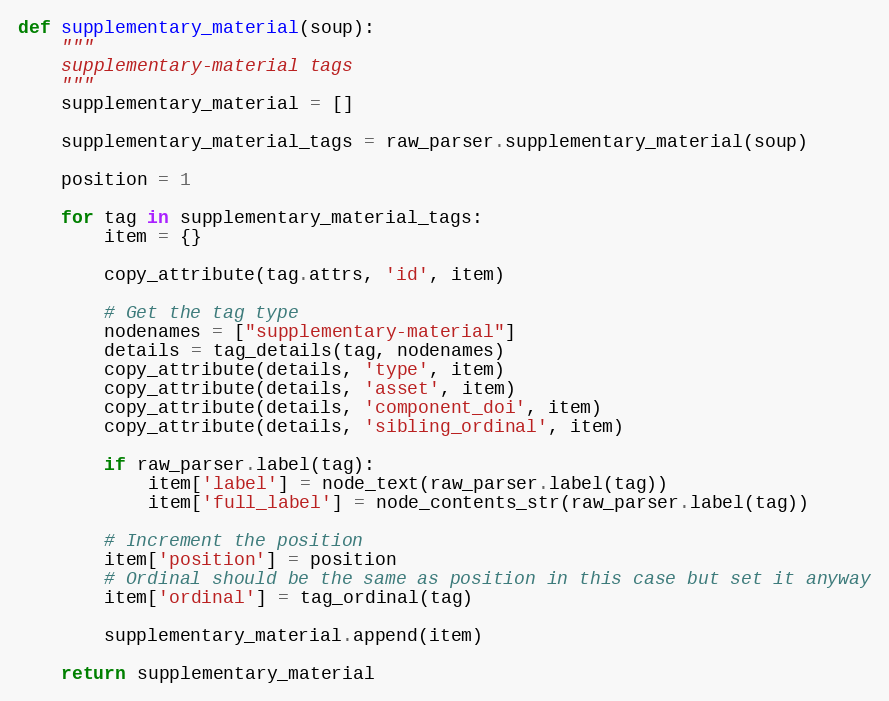
Language: Python
def supplementary_material(soup):
    """
    supplementary-material tags
    """
    supplementary_material = []

    supplementary_material_tags = raw_parser.supplementary_material(soup)

    position = 1

    for tag in supplementary_material_tags:
        item = {}

        copy_attribute(tag.attrs, 'id', item)

        # Get the tag type
        nodenames = ["supplementary-material"]
        details = tag_details(tag, nodenames)
        copy_attribute(details, 'type', item)
        copy_attribute(details, 'asset', item)
        copy_attribute(details, 'component_doi', item)
        copy_attribute(details, 'sibling_ordinal', item)

        if raw_parser.label(tag):
            item['label'] = node_text(raw_parser.label(tag))
            item['full_label'] = node_contents_str(raw_parser.label(tag))

        # Increment the position
        item['position'] = position
        # Ordinal should be the same as position in this case but set it anyway
        item['ordinal'] = tag_ordinal(tag)

        supplementary_material.append(item)

    return supplementary_material